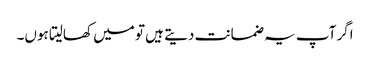
اگر آپ یہ ضمانت دیتے ہیں تو میں کھالیتا ہوں۔